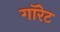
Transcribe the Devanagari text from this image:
गॉरेट